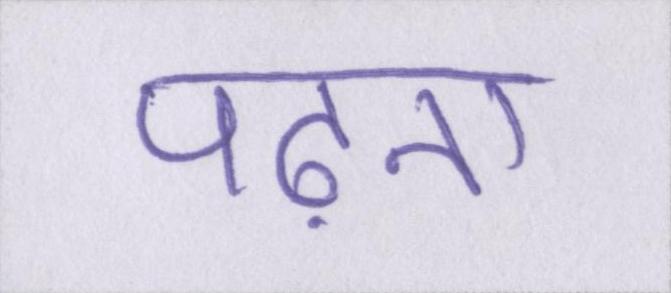
पढ़ना